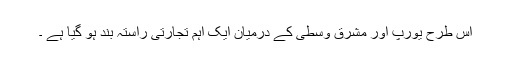
اس طرح یورپ اور مشرقِ وسطیٰ کے درمیان ایک اہم تجارتی راستہ بند ہو گیا ہے ۔